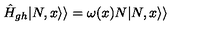
\hat { H } _ { g h } | N , x \rangle \rangle = \omega ( x ) N | N , x \rangle \rangle